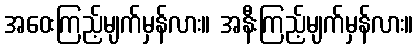
အဝေးကြည့်မျက်မှန်လား။ အနီးကြည့်မျက်မှန်လား။